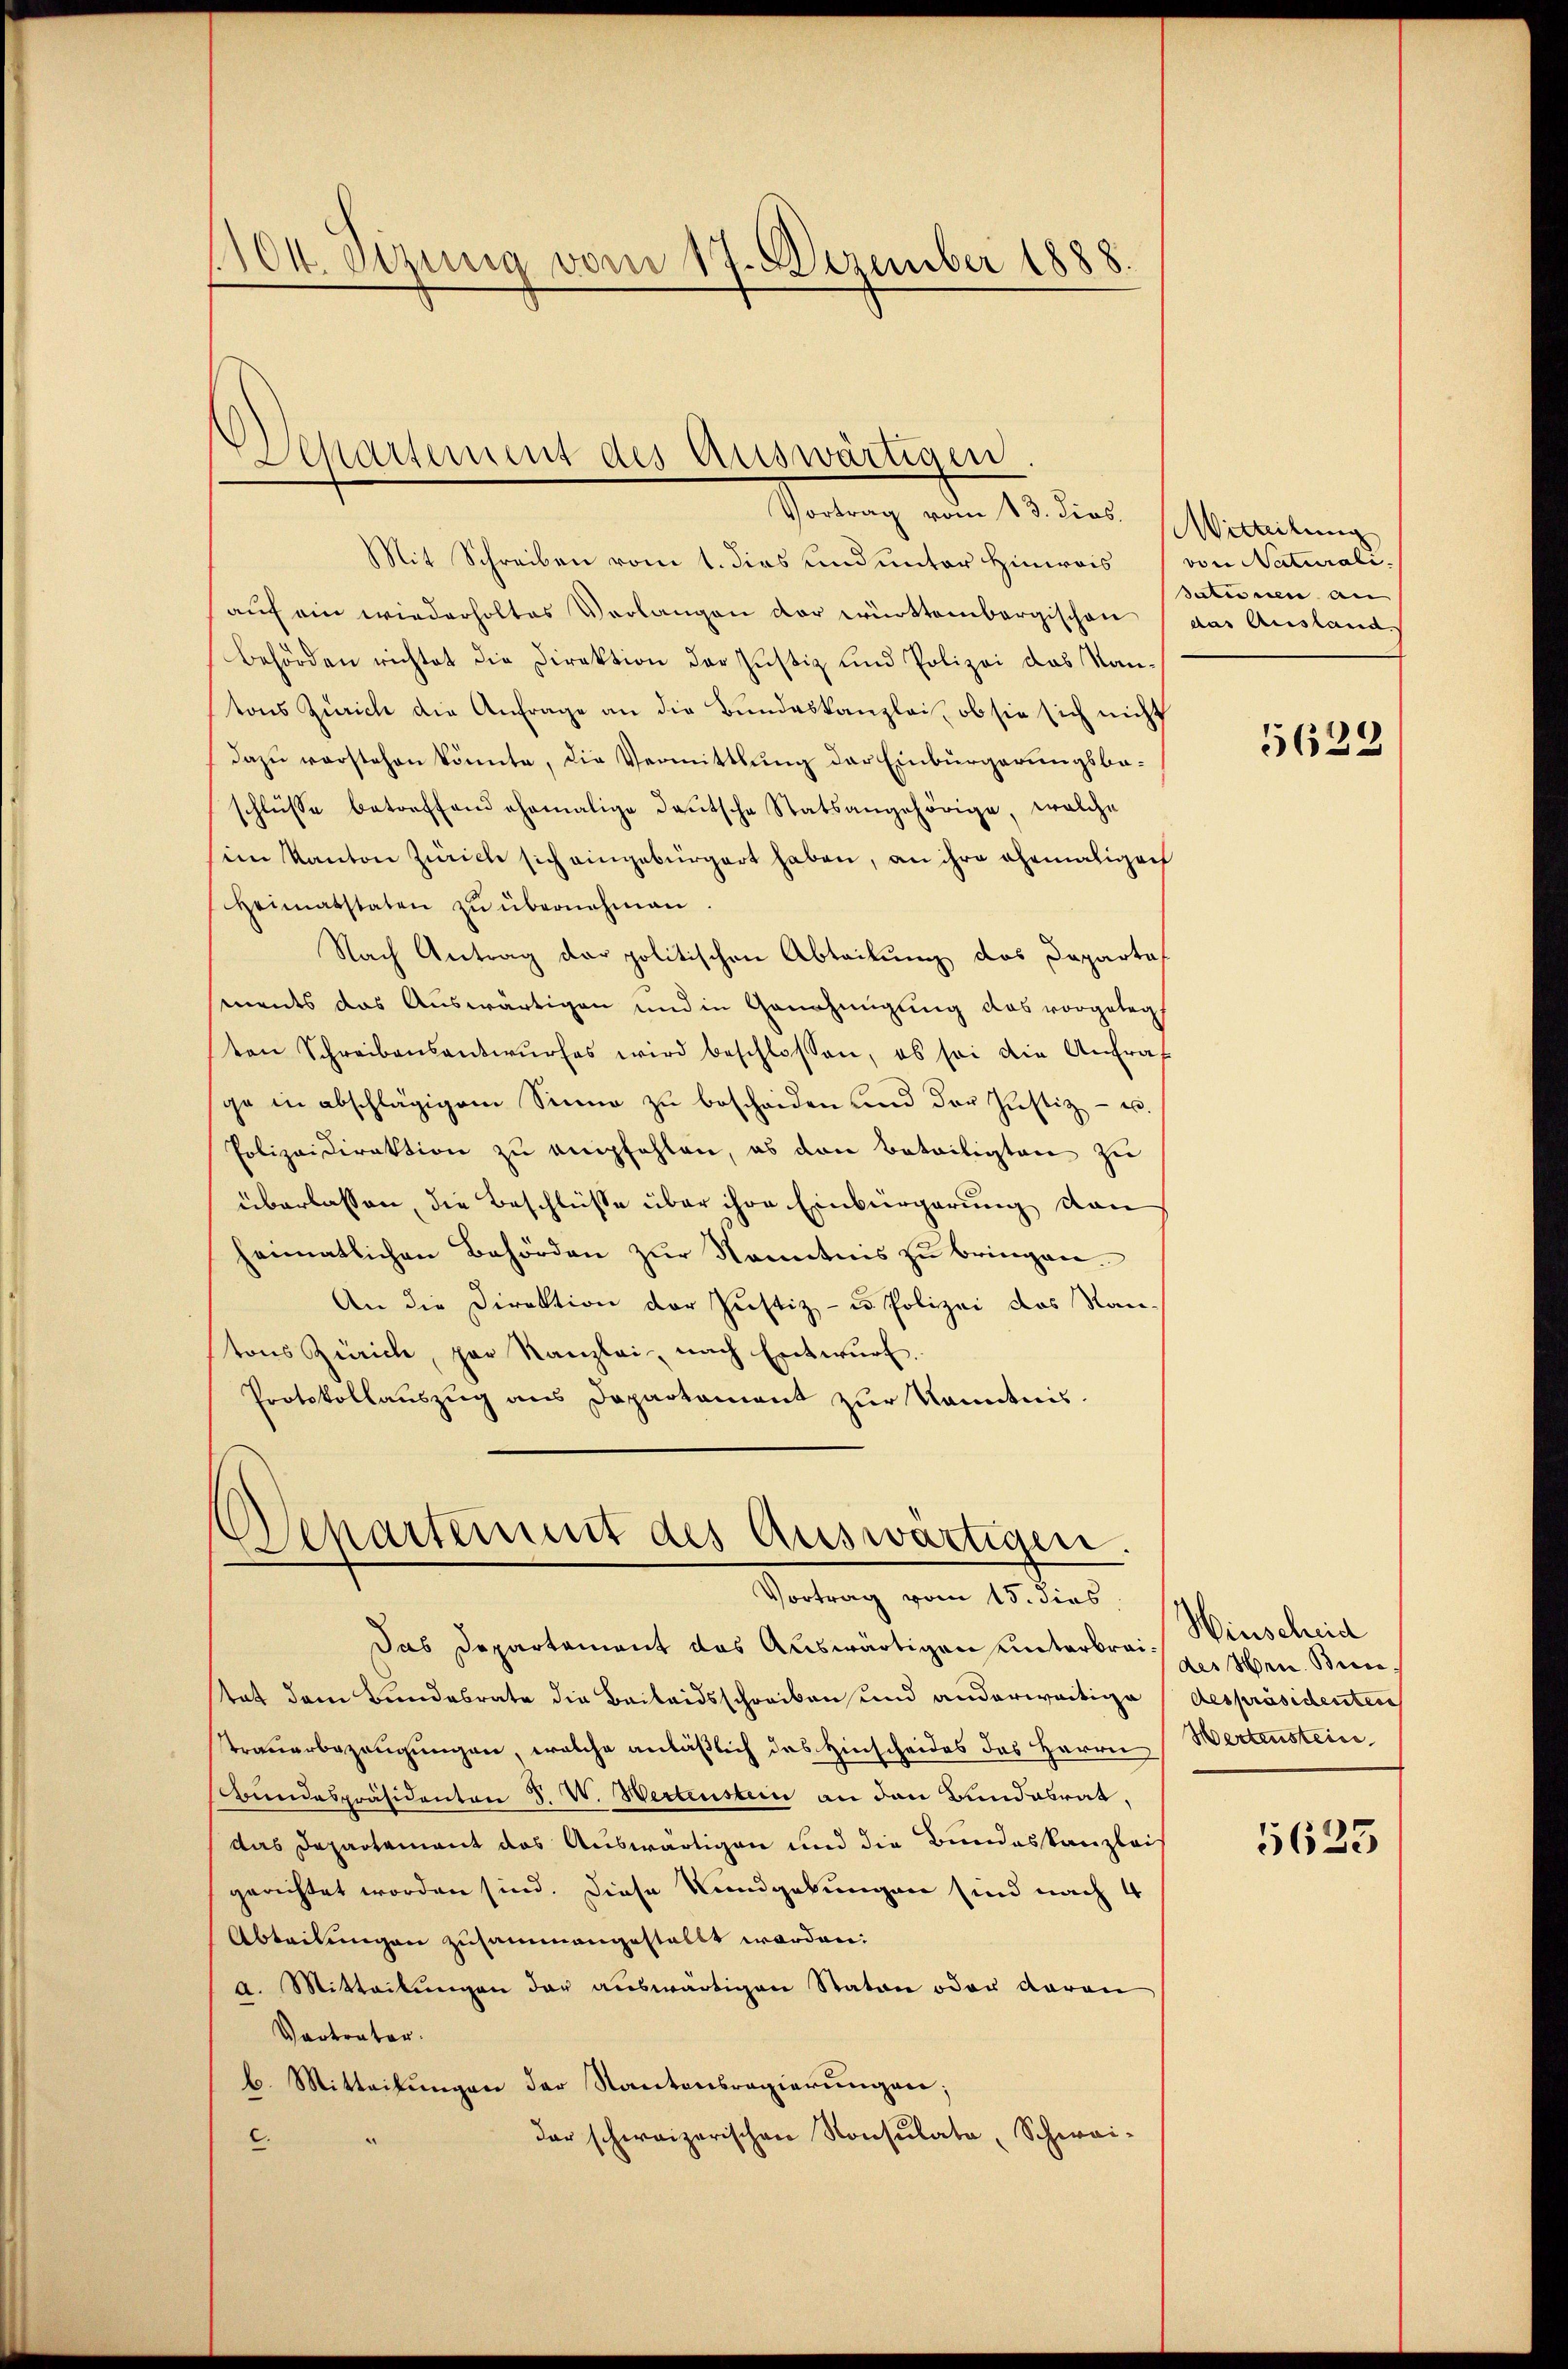
1104. Sezung vom 17. Dezember 1888.

Departement des Altswärtigen
Vortrag vom 13. dies

Mit Schreiben vom 1. dies und unter Hinweis (von Naturali-
auf ein wiederholtes Verlangen der württembergischen das Auslands
Behörden richtet die Direktion der Justiz und Polizei das Kantons Zürich die Anfrage an die Bundeskanzlei, ob sie sich nicht
dazu verstehen könnte, die Vermittlung der Einbürgerungsbaschlüsse betreffend ehemalige Deutsche Statsangehörige, welche
im Kanton Zürich sich eingebürgert haben, an ihre ehemaligen
Heimatstaten zŭ übernehmen.
Nach Antrag der politischen Abteilung das Departef
ments das Auswärtigen und in Genehmigung das vorgelegt
ten Schreibensantwŭrfes wird beschlossen, ob sei die Antraf
ge in abschlägigem Sinne zu bescheiden und der Justiz- u.
Polizeidirektion zu empfehlen, es den Beteiligten zu
überlassen, die Beschlüße über ihre Einbürgerung dan
heimatlichen Behörden zŭr Kenntnis zŭ bringen.
An die Direktion der Justiz- u. Polizei das Ran
tons Zürich, par Kanzlei, nach Entwurf.
Protokollauszug aus Departament zur Kenntnis.

Departement des Auswärtigen.
Vortrag vom 15. dies

Das Departement das Auswärtigen Unterbreistat dem Bundesrate die Beileidsschreiben und anderweitige
trauerbezeugungen, welche anläßlich des Hinscheides des Herrn
Bundespräsidenten S. V. Wertenstein an den Bundesrat,
das Departament das Auswärtigen und die Bundeskanzleis
gerichtet worden sind. Diese Landgebungen sind nach 4
Abteilungen zusammengestallt worden:
2. Mitteilungen der auswärtigen Staton oder daran
Vertrater.
b. Mitteilungen der Kantonsregierungen;
der schweizerischen Konsulate, Schwai-
C.

Mitteilung
Satinen an

5623

Hinscheid
des Hrn. Bic
despräsidenten
Hertenstein
5623